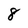
Character: 8